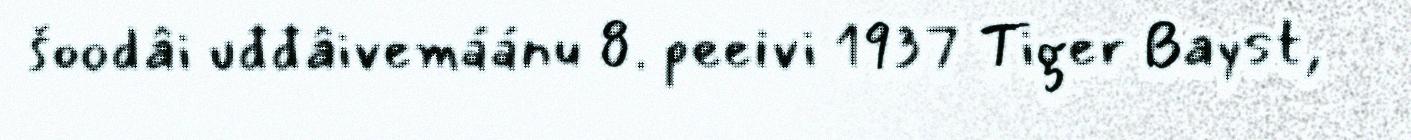
šoodâi uđđâivemáánu 8. peeivi 1937 Tiger Bayst,